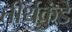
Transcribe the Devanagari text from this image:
तीर्थकुंडे